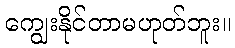
ကျွေးနိုင်တာမဟုတ်ဘူး။